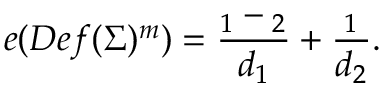
e ( D e f ( \Sigma ) ^ { m } ) = { \frac { \l _ { 1 } - \l _ { 2 } } { d _ { 1 } } } + { \frac { \l _ { 1 } } { d _ { 2 } } } .